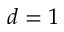
d = 1